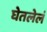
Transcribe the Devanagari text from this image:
घेतलेलं